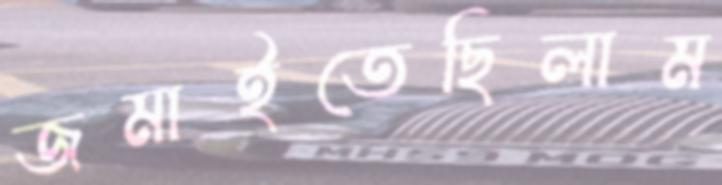
জমাইতেছিলাম